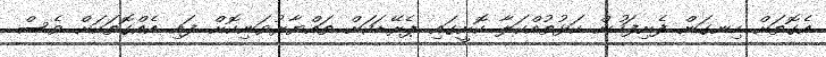
އެގޮތަށް ހިނގަން ފެށިފަހުން ކަޅުތުއްކަލާ ކޮށީގައި ޕެރޭޑަކަށް ތައްޔާރުވަނިކޮށް ފައި އެއްގޮތަކަށް ވެސް